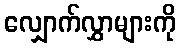
လျှောက်လွှာများကို